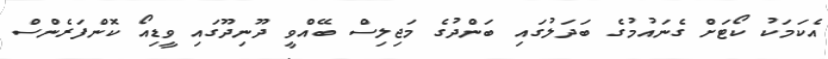
އެކަމަކު ކޯޓަށް ގެނައުމުގެ ބަދަލުގައި ބަންދުގެ މަޖިލިސް ބޭއްވީ ދޫނިދޫގައި ވީޑިއޯ ކޮންފަރެންސް